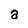
Character: a